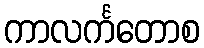
ကာလင်္ကတောစ